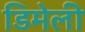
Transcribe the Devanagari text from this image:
डिमेली